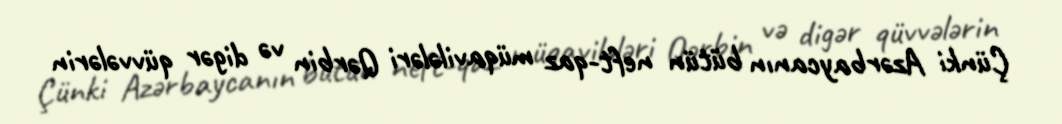
Çünki Azərbaycanın bütün neft-qaz müqavilələri Qərbin və digər qüvvələrin